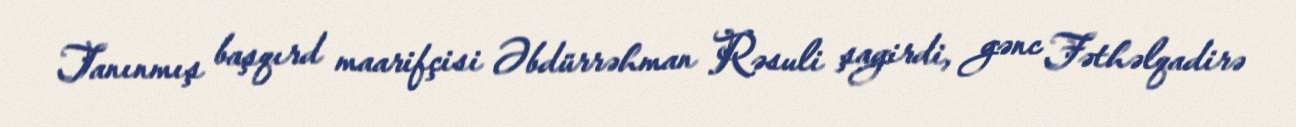
Tanınmış başqırd maarifçisi Əbdürrəhman Rəsuli şagirdi, gənc Fəthəlqadirə